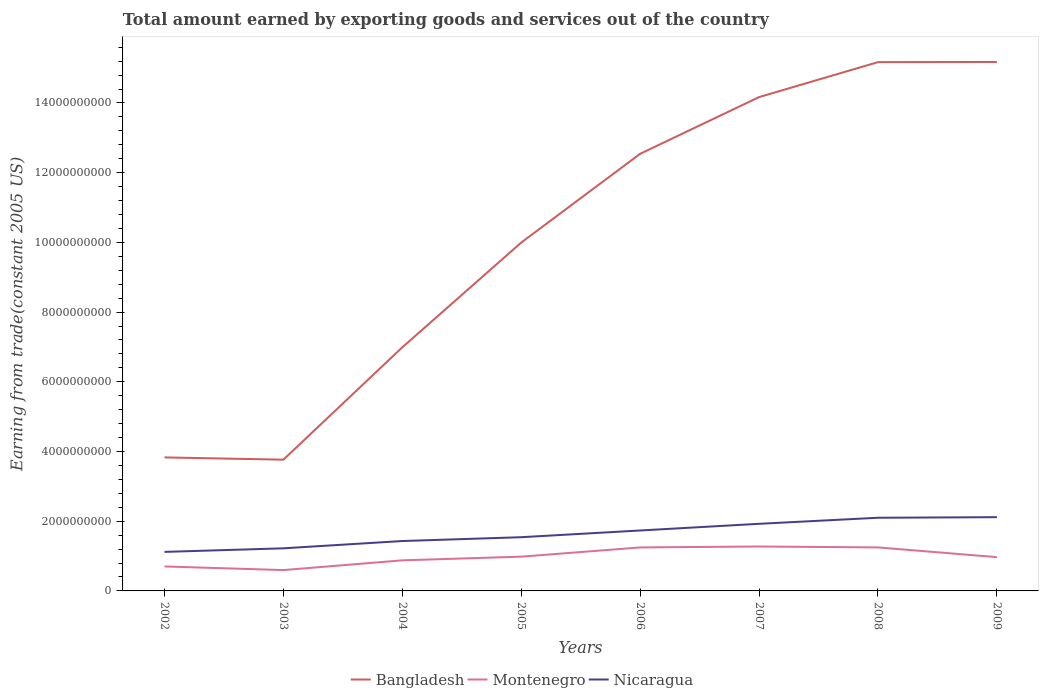
| Years | Bangladesh | Montenegro | Nicaragua |
 | --- | --- | --- | --- |
 | 2002 | 3.83e+09 | 7.02e+08 | 1.12e+09 |
 | 2003 | 3.77e+09 | 5.98e+08 | 1.22e+09 |
 | 2004 | 6.99e+09 | 8.77e+08 | 1.43e+09 |
 | 2005 | 9.99e+09 | 9.83e+08 | 1.54e+09 |
 | 2006 | 1.25e+10 | 1.25e+09 | 1.73e+09 |
 | 2007 | 1.42e+10 | 1.27e+09 | 1.93e+09 |
 | 2008 | 1.52e+10 | 1.25e+09 | 2.1e+09 |
 | 2009 | 1.52e+10 | 9.69e+08 | 2.12e+09 |